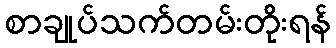
စာချုပ်သက်တမ်းတိုးရန်